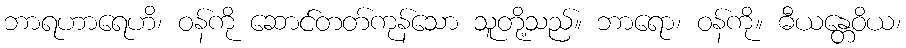
ဘာရဟာရေဟိ၊ ဝန်ကို ဆောင်တတ်ကုန်သော သူတို့သည်။ ဘာရော၊ ဝန်ကို။ ဓီယန္တေဝိယ၊